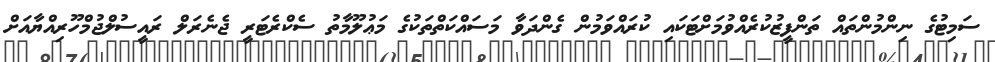
ސަމިޓުގެ ނިންމުންތައް ތަންފީޒުކުރެއްވުމަށްޓަކައި ކުރައްވަމުން ގެންދަވާ މަސައްކަތްތަކުގެ މަޢުލޫމާތު ސެކްރެޓަރީ ޖެނެރަލް ރައީސުލްޖުމްހޫރިއްޔާއަށް